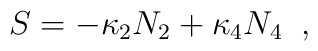
S = - \kappa_2 N_2 + \kappa_4 N_4 \; \; ,